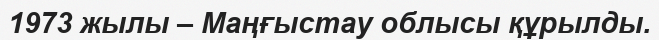
1973 жылы – Маңғыстау облысы құрылды.